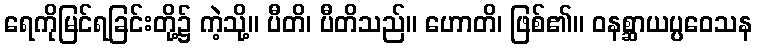
ရေကိုမြင်ရခြင်းတို့၌ ကဲ့သို့။ ပီတိ၊ ပီတိသည်။ ဟောတိ၊ ဖြစ်၏။ ဝနစ္ဆာယပ္ပဝေသန